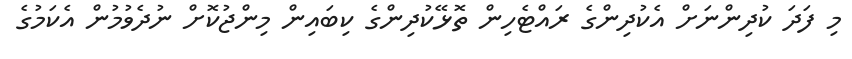
މި ފަދަ ކުދިންނަށް އެކުދިންގެ ރައްޓެހިން ތޮޅޭކުދިންގެ ކިބައިން މިންޖުކޮށް ނުދެވުމުން އެކަމުގެ